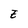
Character: E